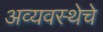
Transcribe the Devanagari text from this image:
अव्यवस्थेचे